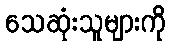
သေဆုံးသူများကို